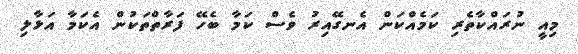
މިއީ ނުރައްކާތެރި ކަމެއްކަަން އެނގޭއިރު ވެސް ކަމާ ބެހޭ ފަރާތްްތަކުން އެކަމާ އަޅާލި